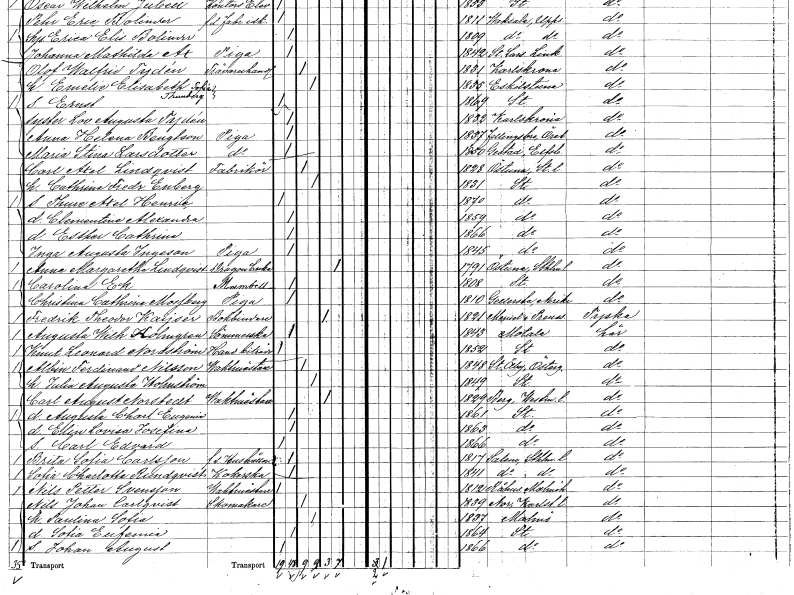
gt_parse: households: individuals: FN: Clementine Alexandra
KON: K
CIV: O
FODAR: 1859
FODFORS: Stockholm
FN: Esther Cathrina
KON: K
CIV: O
FODAR: 1866
FODFORS: Stockholm
FN: Inga Augusta
EN: Ingeson
YRKE: Piga
KON: K
CIV: O
FODAR: 1845
FODFORS: Stockholm
FN: Anna Margaretha
EN: Lindqvist
YRKE: Dragonänka
KON: K
CIV: E
FODAR: 1791
FODFORS: Östuna Uppsala län
FN: Carolina
EN: Ek
KON: K
CIV: O
FODAR: 1808
FODFORS: Stockholm
FN: Christina Cathrina
EN: Mossberg
YRKE: Piga
KON: K
CIV: O
FODAR: 1810
FODFORS: Gällersta Örebro län
FN: Fredrik Theodor
EN: Kaijser
YRKE: Bokbindare
KON: M
CIV: E
FODAR: 1821
FN: Augusta Wilhelmina
EN: Holmgren
YRKE: Sömmerska
KON: K
CIV: O
FODAR: 1843
FODFORS: Motala Östergötlands län
FN: Knut Leonard
EN: Nordström
YRKE: Handelsbiträde
KON: M
CIV: O
FODAR: 1852
FODFORS: Stockholm
FN: Albin Ferdinand
EN: Nilsson
YRKE: Vaktmästare
KON: M
CIV: G
FODAR: 1848
FODFORS: Stora Åby Östergötlands län
FN: Julia Augusta
EN: Holmström
KON: K
CIV: G
FODAR: 1849
FODFORS: Stockholm
FN: Carl August
EN: Norstedt
YRKE: Vaktmästare
KON: M
CIV: E
FODAR: 1829
FODFORS: Berg Västmanlands län
FN: Augusta Charlotta Eugenia
KON: K
CIV: O
FODAR: 1861
FODFORS: Stockholm
FN: Elin Lovisa Josefina
KON: K
CIV: O
FODAR: 1863
FODFORS: Stockholm
FN: Carl Edvard
KON: M
CIV: O
FODAR: 1866
FODFORS: Stockholm
FN: Brita Sofia
EN: Carlsson
YRKE: Hushållerska f.d.
KON: K
CIV: O
FODAR: 1817
FODFORS: Salem Stockholms län
FN: Sofia Charlotta
EN: Rundqvist
YRKE: Kokerska
KON: K
CIV: O
FODAR: 1841
FODFORS: Salem Stockholms län
FN: Nils Petter
EN: Svensson
YRKE: Vaktmästare
KON: M
CIV: O
FODAR: 1812
FODFORS: Råhus Malmöhus län
FN: Nils Johan
EN: Carlqvist
YRKE: Skomakare
KON: M
CIV: G
FODAR: 1839
FODFORS: Nor Värmlands län
FN: Paulina Sofia
KON: K
CIV: G
FODAR: 1837
FODFORS: Malmö Malmöhus län
FN: Sofia Eufemia
KON: K
CIV: O
FODAR: 1864
FODFORS: Stockholm
FN: Johan August
KON: M
CIV: O
FODAR: 1866
FODFORS: Stockholm